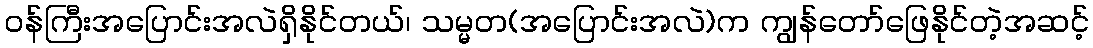
ဝန်ကြီးအပြောင်းအလဲရှိနိုင်တယ်၊ သမ္မတ(အပြောင်းအလဲ)က ကျွန်တော်ဖြေနိုင်တဲ့အဆင့်